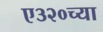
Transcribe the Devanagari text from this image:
ए३२०च्या